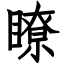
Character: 瞭